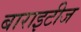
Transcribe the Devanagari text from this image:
बाराइटीज